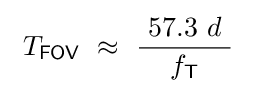
\ T_{\mathsf {FOV}}~\approx ~{\frac {\ 57.3\ d\ }{f_{\mathsf {T}}}}\